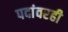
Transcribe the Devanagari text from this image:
पदांवरही